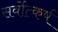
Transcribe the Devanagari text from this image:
सर्वोत्कर्ष